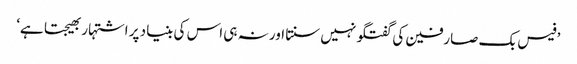
’فیس بک صارفین کی گفتگو نہیں سنتا اور نہ ہی اس کی بنیاد پر اشتہار بھیجتا ہے‘